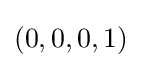
(0,0,0,1)